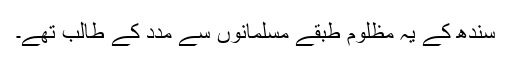
سندھ کے یہ مظلوم طبقے مسلمانوں سے مدد کے طالب تھے۔